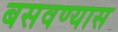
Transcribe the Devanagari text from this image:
बसवण्‍यास